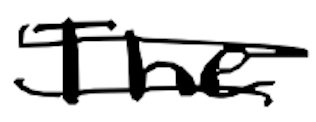
Text: The
Cross-out: double-line
Writing tool: digital_black